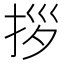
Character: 拶